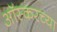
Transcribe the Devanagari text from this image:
आॅस्करच्या